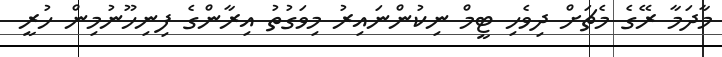
މާދަމާ ރޭގެ މެޗަށް ދިވެހި ޓީމް ނިކުންނައިރު މިވަގުތު އިރާންގެ ފިނިހޫނުމިން ހުރީ